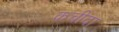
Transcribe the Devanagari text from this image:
कचीदा